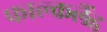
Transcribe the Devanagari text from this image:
फाल्कलैंड